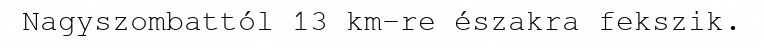
Nagyszombattól 13 km-re északra fekszik.